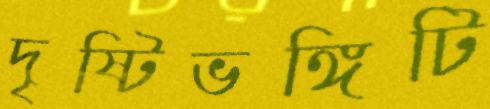
দৃষ্টিভঙ্গিটি